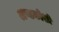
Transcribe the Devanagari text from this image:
अण्डकोशों